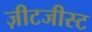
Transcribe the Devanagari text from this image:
ज़ीटजीस्ट